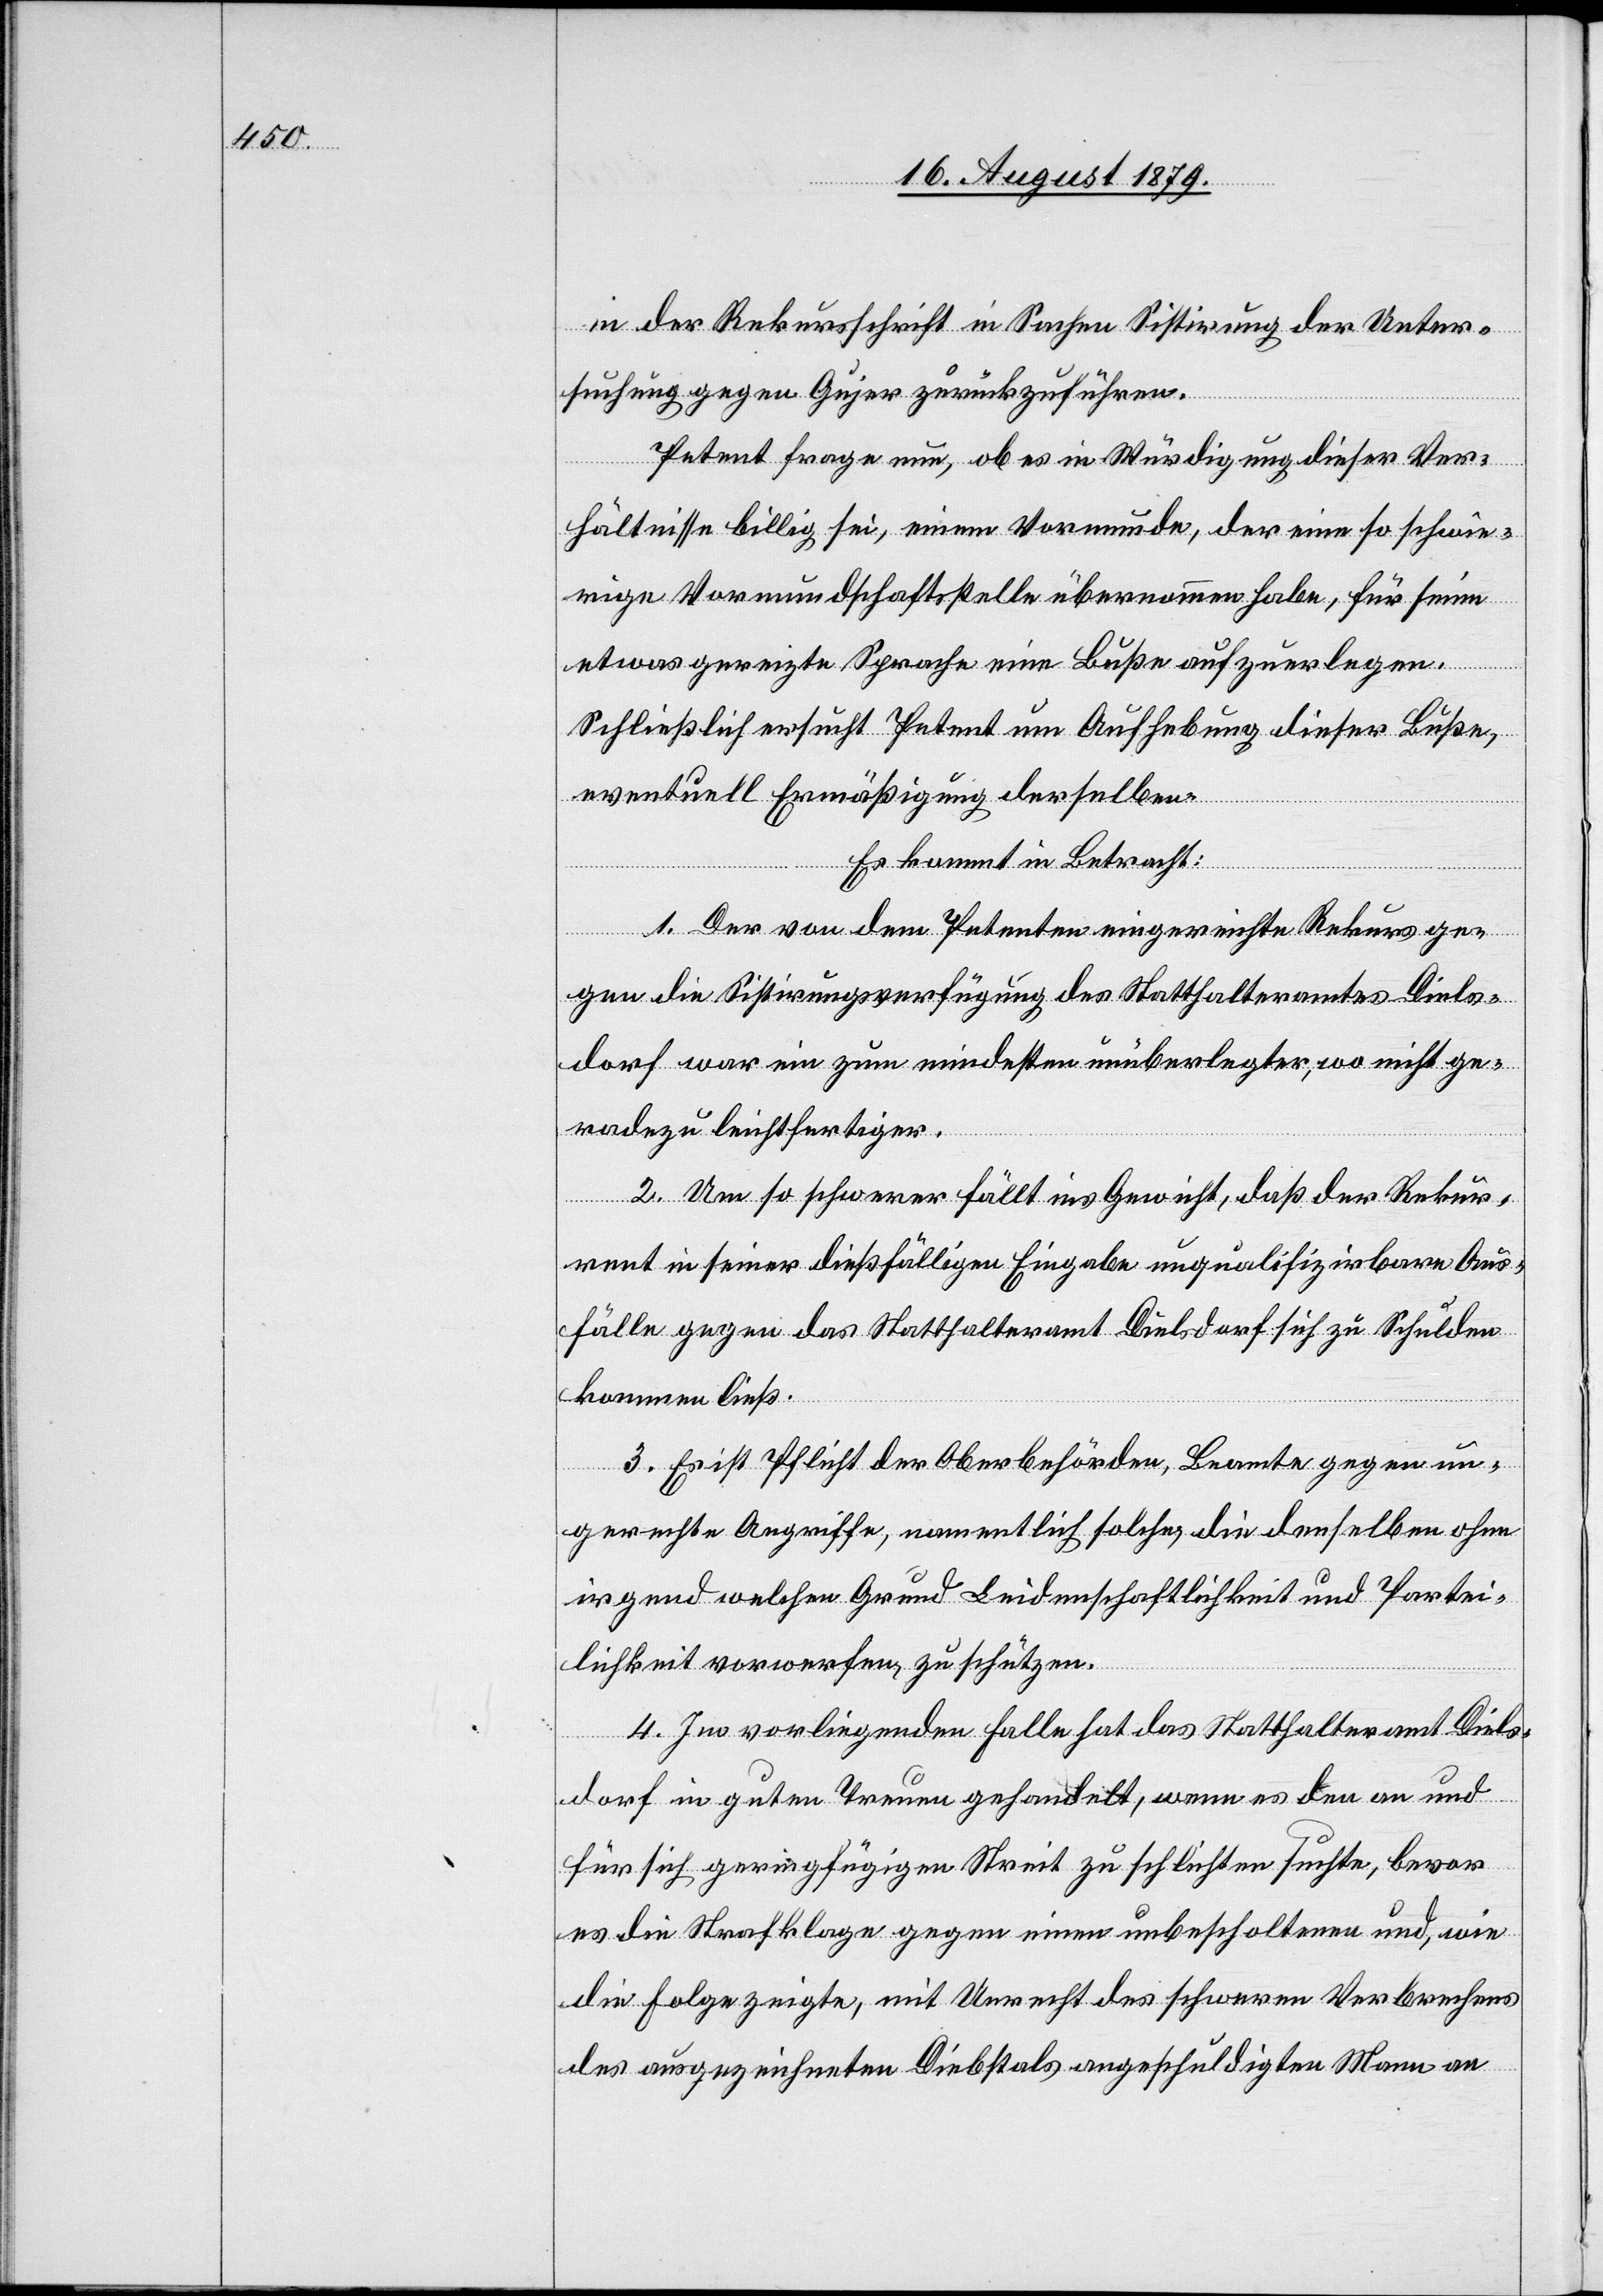
in der Rekursschrift in Sachen Sistirung der Unter¬
suchung gegen Gujer zurückzuführen.
Petent frage nun, ob es in Würdigung dieser Ver¬
hältnisse billig sei, einem Vormunde, der eine so schwie¬
rige Vormundschaftsstelle übernommen habe, für seine
etwas gereizte Sprache eine Buße aufzuerlegen.
Schließlich ersucht Petent um Aufhebung dieser Buße,
eventuell Ermäßigung derselben.
Es kommt in Betracht:
1. Der von dem Petenten eingereichte Rekurs ge¬
gen die Sistirungsverfügung des Statthalteramtes Diels¬
dorf war ein zum mindestens unüberlegter, wo nicht ge¬
radezu leichtfertiger.
2. Um so schwerer fällt ins Gewicht, daß der Rekur¬
rent in seiner dießfälligen Eingabe unqualifizirbare Aus¬
fälle gegen das Statthalteramt Dielsdorf sich zu Schulden
kommen ließ.
3. Es ist Pflicht der Oberbehörden, Beamte gegen un¬
gerechte Angriffe, namentlich solche, die denselben ohne
irgend welchen Grund Leidenschaftlichkeit und Partei¬
lichkeit vorwerfen zu schützen.
4. Im vorliegenden Falle hat das Statthalteramt Diels¬
dorf in guten Treuen gehandelt, wenn es den an und
für sich geringfügige Streit zu schlichten suchte, bevor
es die Strafklage gegen einen unbescholtenen und, wie
die Folge zeigte, mit Unrecht des schweren Verbrechens
des ausgezeichneten Diebstals angeschuldigten Mann an